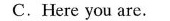
C.Here you are.